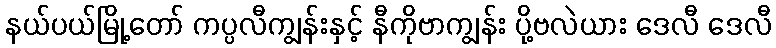
နယ်ပယ်မြို့တော် ကပ္ပလီကျွန်းနှင့် နီကိုဗာကျွန်း ပို့ဗလဲယား ဒေလီ ဒေလီ